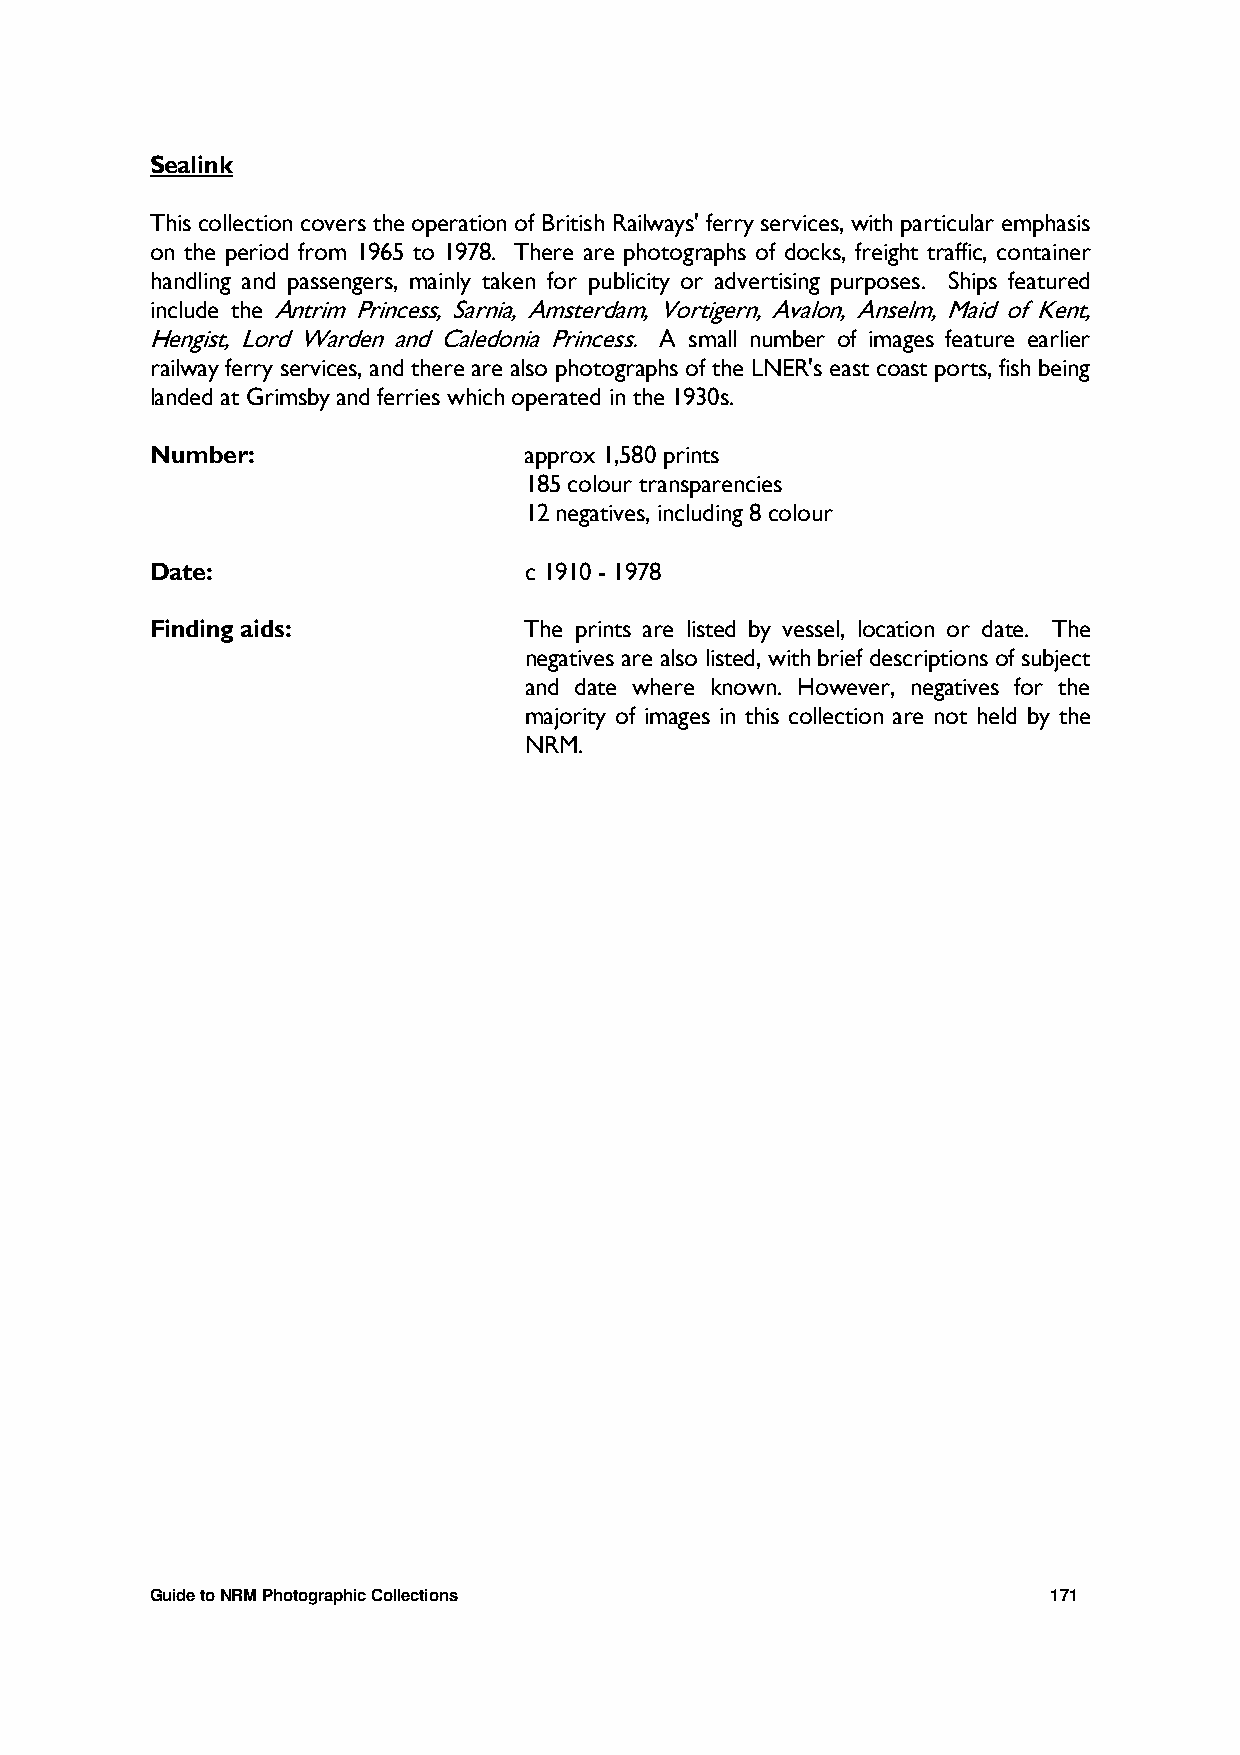
Sealink
 This collection covers the operation of British Railways' ferry services, with particular emphasis
 on the period from 1965 to 1978. There are photographs of docks, freight traffic, container
 handling and passengers, mainly taken for publicity or advertising purposes. Ships featured
 include the Antrim Princess, Sarnia, Amsterdam, Vortigern, Avalon, Anselm, Maid of Kent,
 Hengist, Lord Warden and Caledonia Princess. A small number of images feature earlier
 railway ferry services, and there are also photographs of the LNER's east coast ports, fish being
 landed at Grimsby and ferries which operated in the 1930s.
 Number:                  approx 1,580 prints
 185 colour transparencies
 12 negatives, including 8 colour
 Date:                    c 1910 - 1978
 Finding aids:            The prints are listed by vessel, location or date. The
 negatives are also listed, with brief descriptions of subject
 and date where known. However, negatives for the
 majority of images in this collection are not held by the
 NRM.
 Guide to NRM Photographic Collections                       171